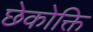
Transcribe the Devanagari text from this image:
छेकोक्ति